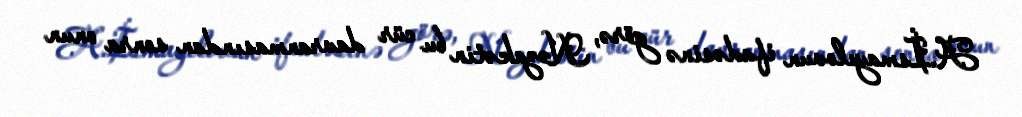
A.İsmayılovun ifadəsinə görə, Nəzakətin bu cür davranmasından sonra onun